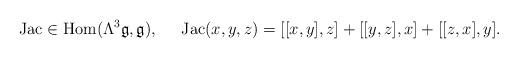
LaTeX: \begin{align*} \mbox{Jac}\in \mbox{Hom}(\Lambda^3\mathfrak{g},\mathfrak{g}),\;\;\;\;\;\mbox{Jac}(x,y,z) = [[x,y],z] + [[y,z],x] + [[z,x],y]. \end{align*}